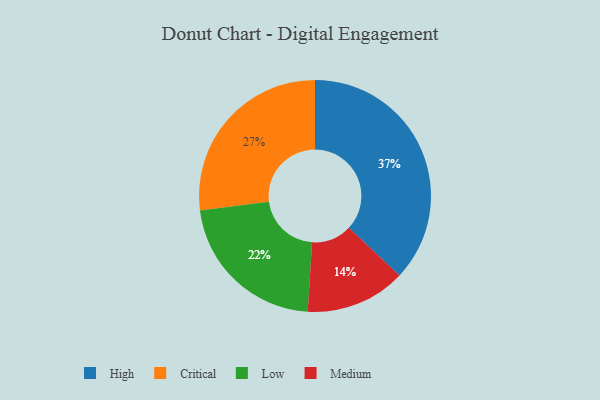
{"axis": {"x": "Category", "y": "Percentage"}, "legend": ["Critical", "High", "Low", "Medium"], "data": [{"x": "Medium", "y": 14, "type": "Medium"}, {"x": "Critical", "y": 27, "type": "Critical"}, {"x": "Low", "y": 22, "type": "Low"}, {"x": "High", "y": 37, "type": "High"}]}